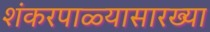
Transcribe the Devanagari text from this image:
शंकरपाळ्यासारख्या